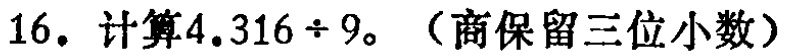
16. 计算\(4.316\div9\)。（商保留三位小数）